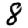
Digit: 8